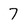
Character: 7